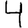
Digit: 4